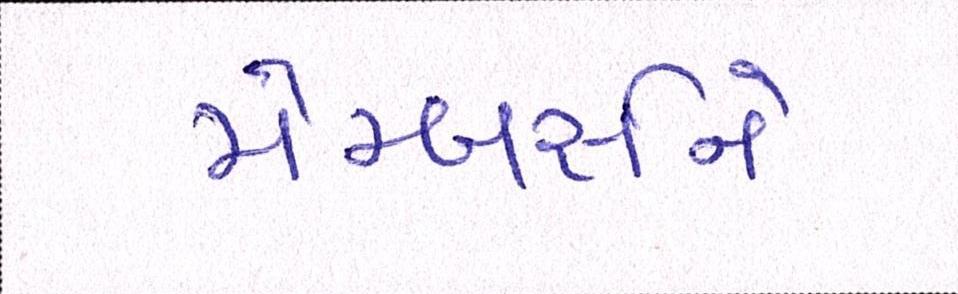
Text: મેમ્બર્સને